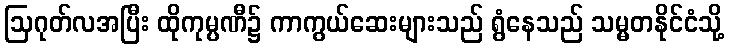
ဩဂုတ်လအပြီး ထိုကုမ္ပဏီ၌ ကာကွယ်ဆေးများသည် ရွံနေသည် သမ္မတနိုင်ငံသို့